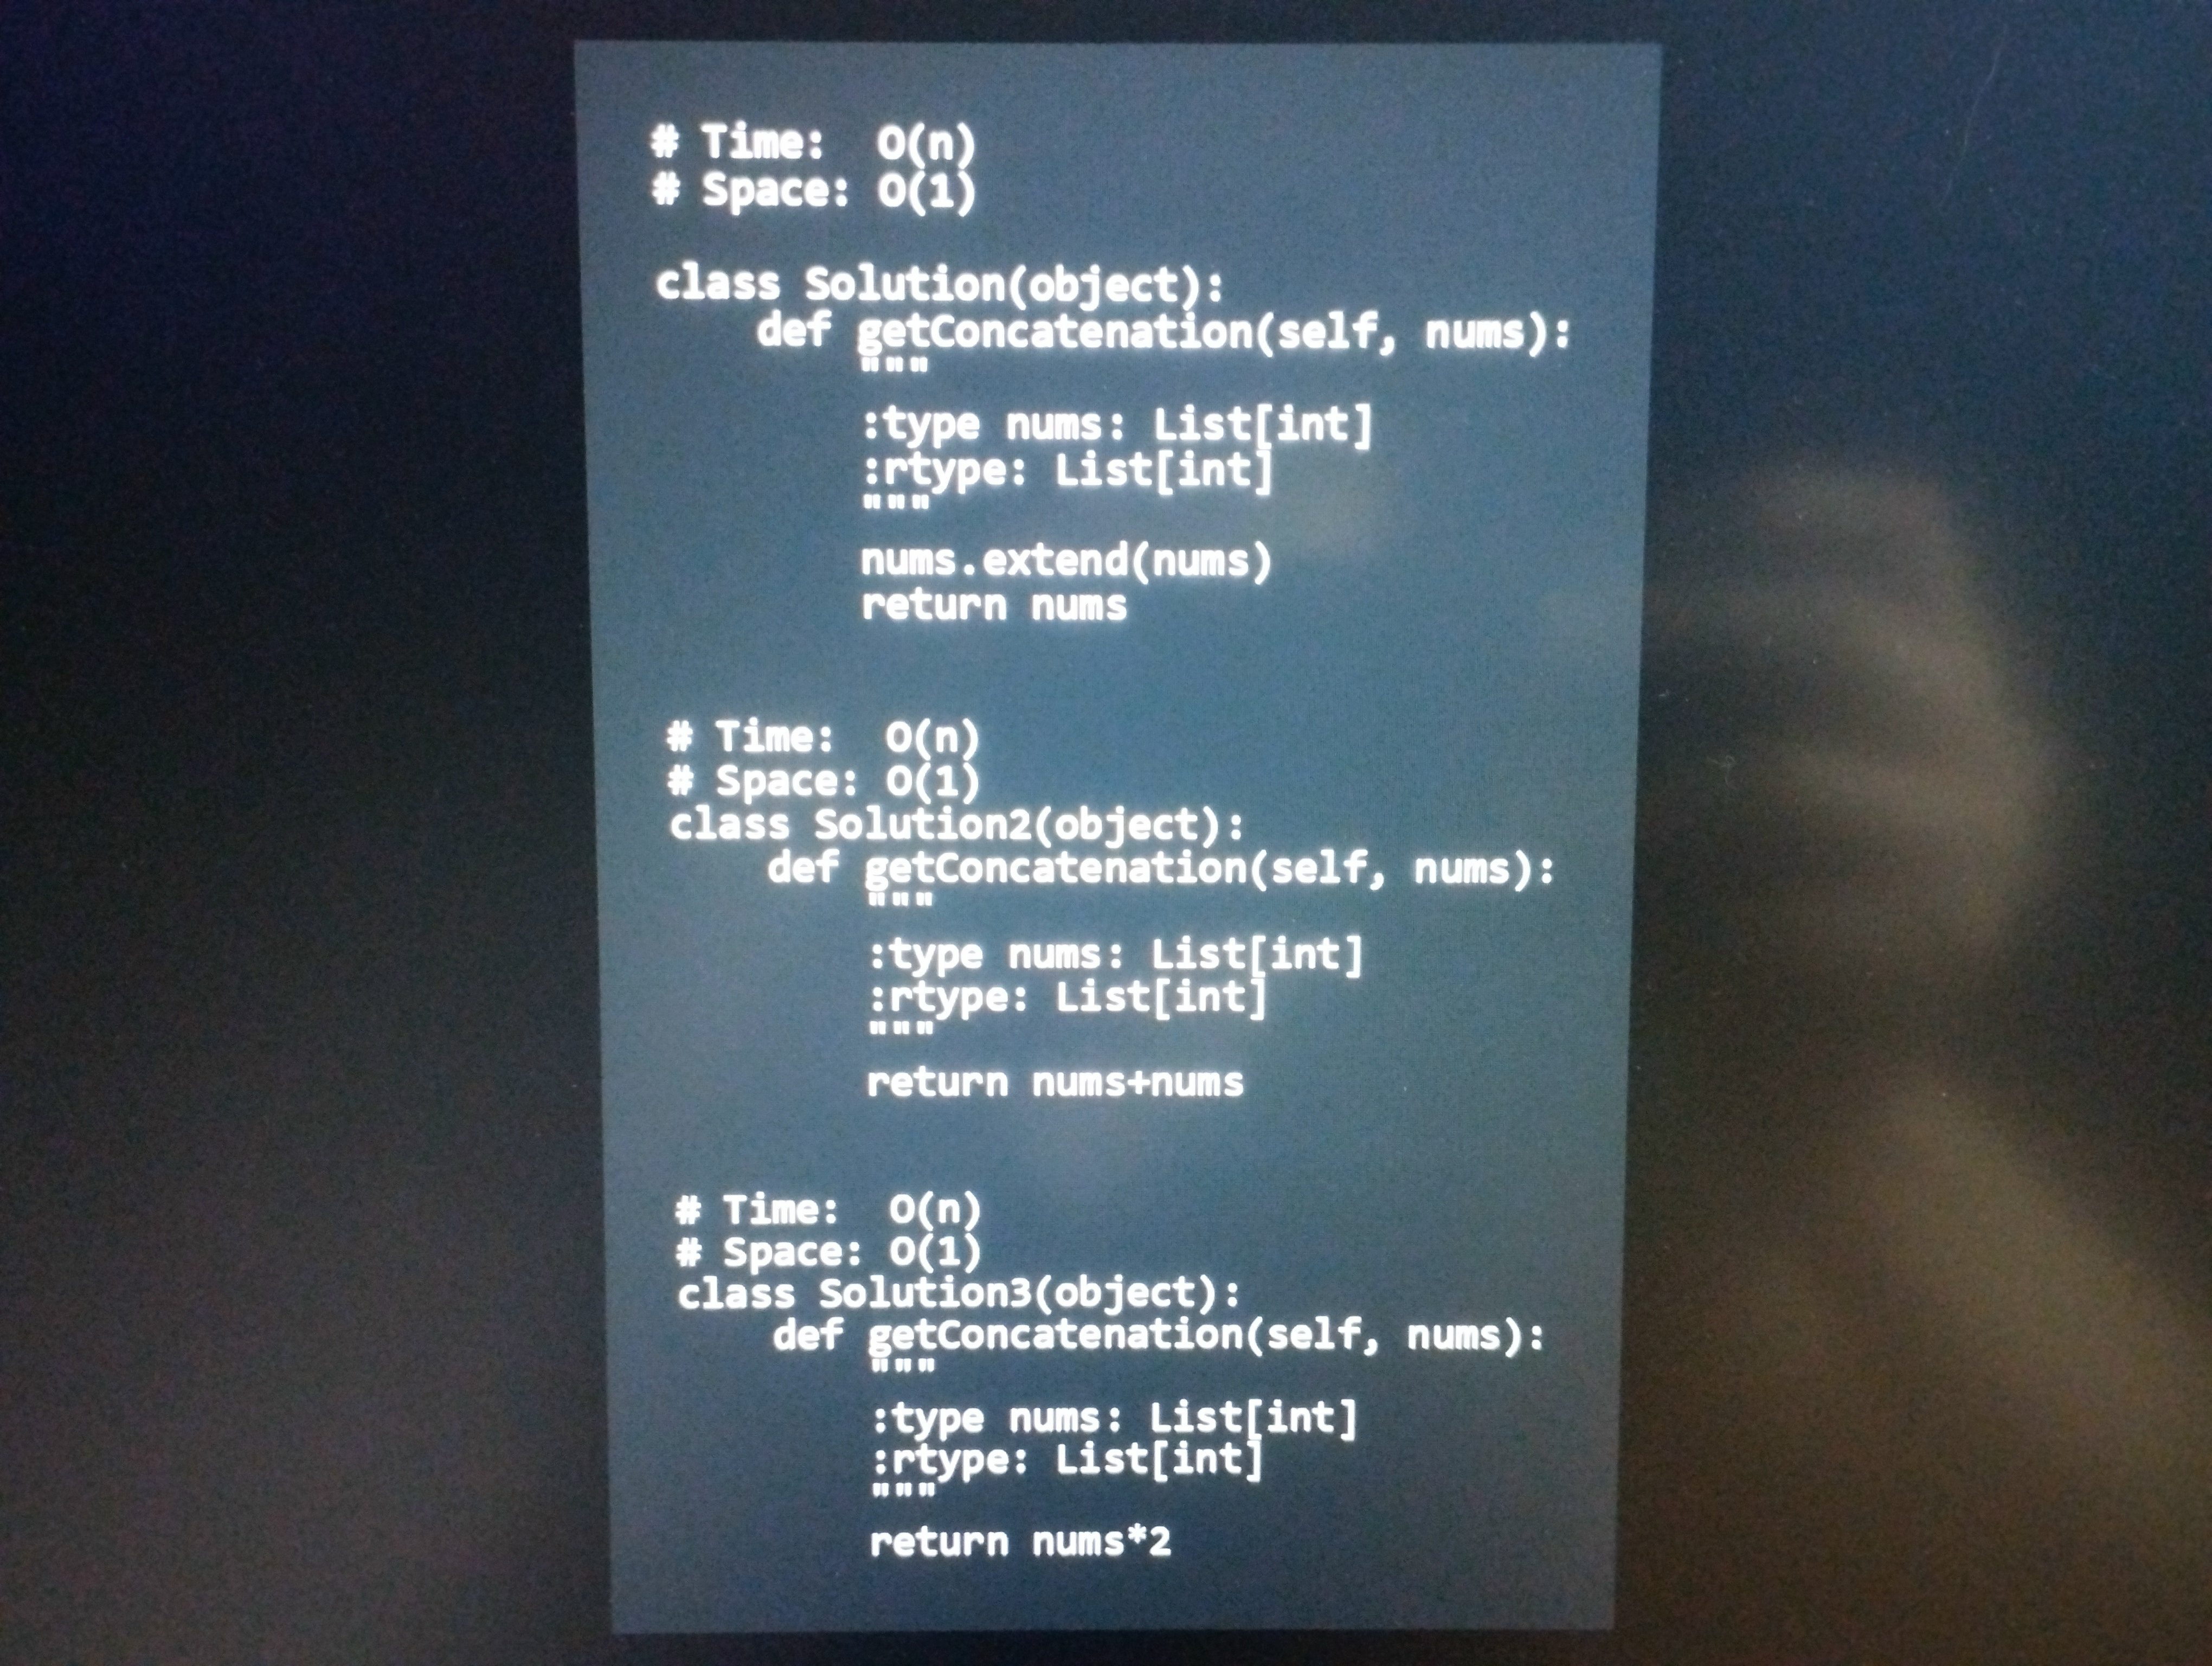
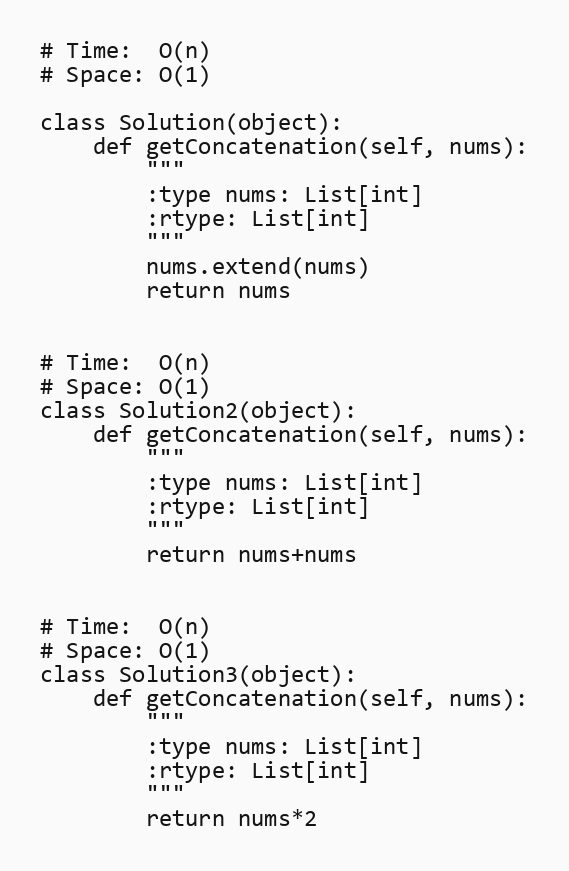
# Time:  O(n)
# Space: O(1)

class Solution(object):
    def getConcatenation(self, nums):
        """
        :type nums: List[int]
        :rtype: List[int]
        """
        nums.extend(nums)
        return nums

# Time:  O(n)
# Space: O(1)
class Solution2(object):
    def getConcatenation(self, nums):
        """
        :type nums: List[int]
        :rtype: List[int]
        """
        return nums+nums

# Time:  O(n)
# Space: O(1)
class Solution3(object):
    def getConcatenation(self, nums):
        """
        :type nums: List[int]
        :rtype: List[int]
        """
        return nums*2